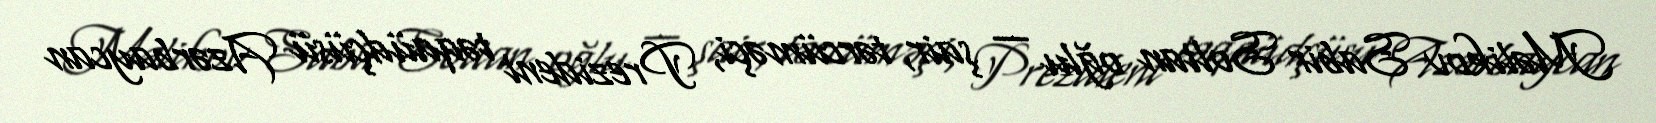
Məlikov Sabir Soltan oğlu — şair, tərcüməçi, Prezident təqaüdçüsü Azərbaycan